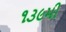
૧૩૯મી